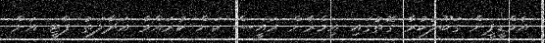
އެމްޑީޕީން ގަބޫލުކުރާ ގޮތުގައި އިމްރާން ރައީސް ކަން ކުރައްވާ އަދާލަތު ޕާޓީ އަށް